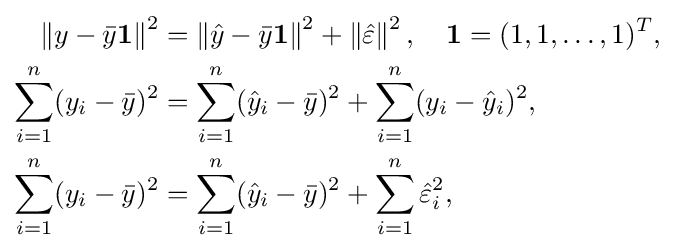
{\begin{aligned}\left\|y-{\bar {y}}\mathbf {1} \right\|^{2}&=\left\|{\hat {y}}-{\bar {y}}\mathbf {1} \right\|^{2}+\left\|{\hat {\varepsilon }}\right\|^{2},\quad \mathbf {1} =(1,1,\ldots ,1)^{T},\\\sum _{i=1}^{n}(y_{i}-{\bar {y}})^{2}&=\sum _{i=1}^{n}({\hat {y}}_{i}-{\bar {y}})^{2}+\sum _{i=1}^{n}(y_{i}-{\hat {y}}_{i})^{2},\\\sum _{i=1}^{n}(y_{i}-{\bar {y}})^{2}&=\sum _{i=1}^{n}({\hat {y}}_{i}-{\bar {y}})^{2}+\sum _{i=1}^{n}{\hat {\varepsilon }}_{i}^{2},\\\end{aligned}}